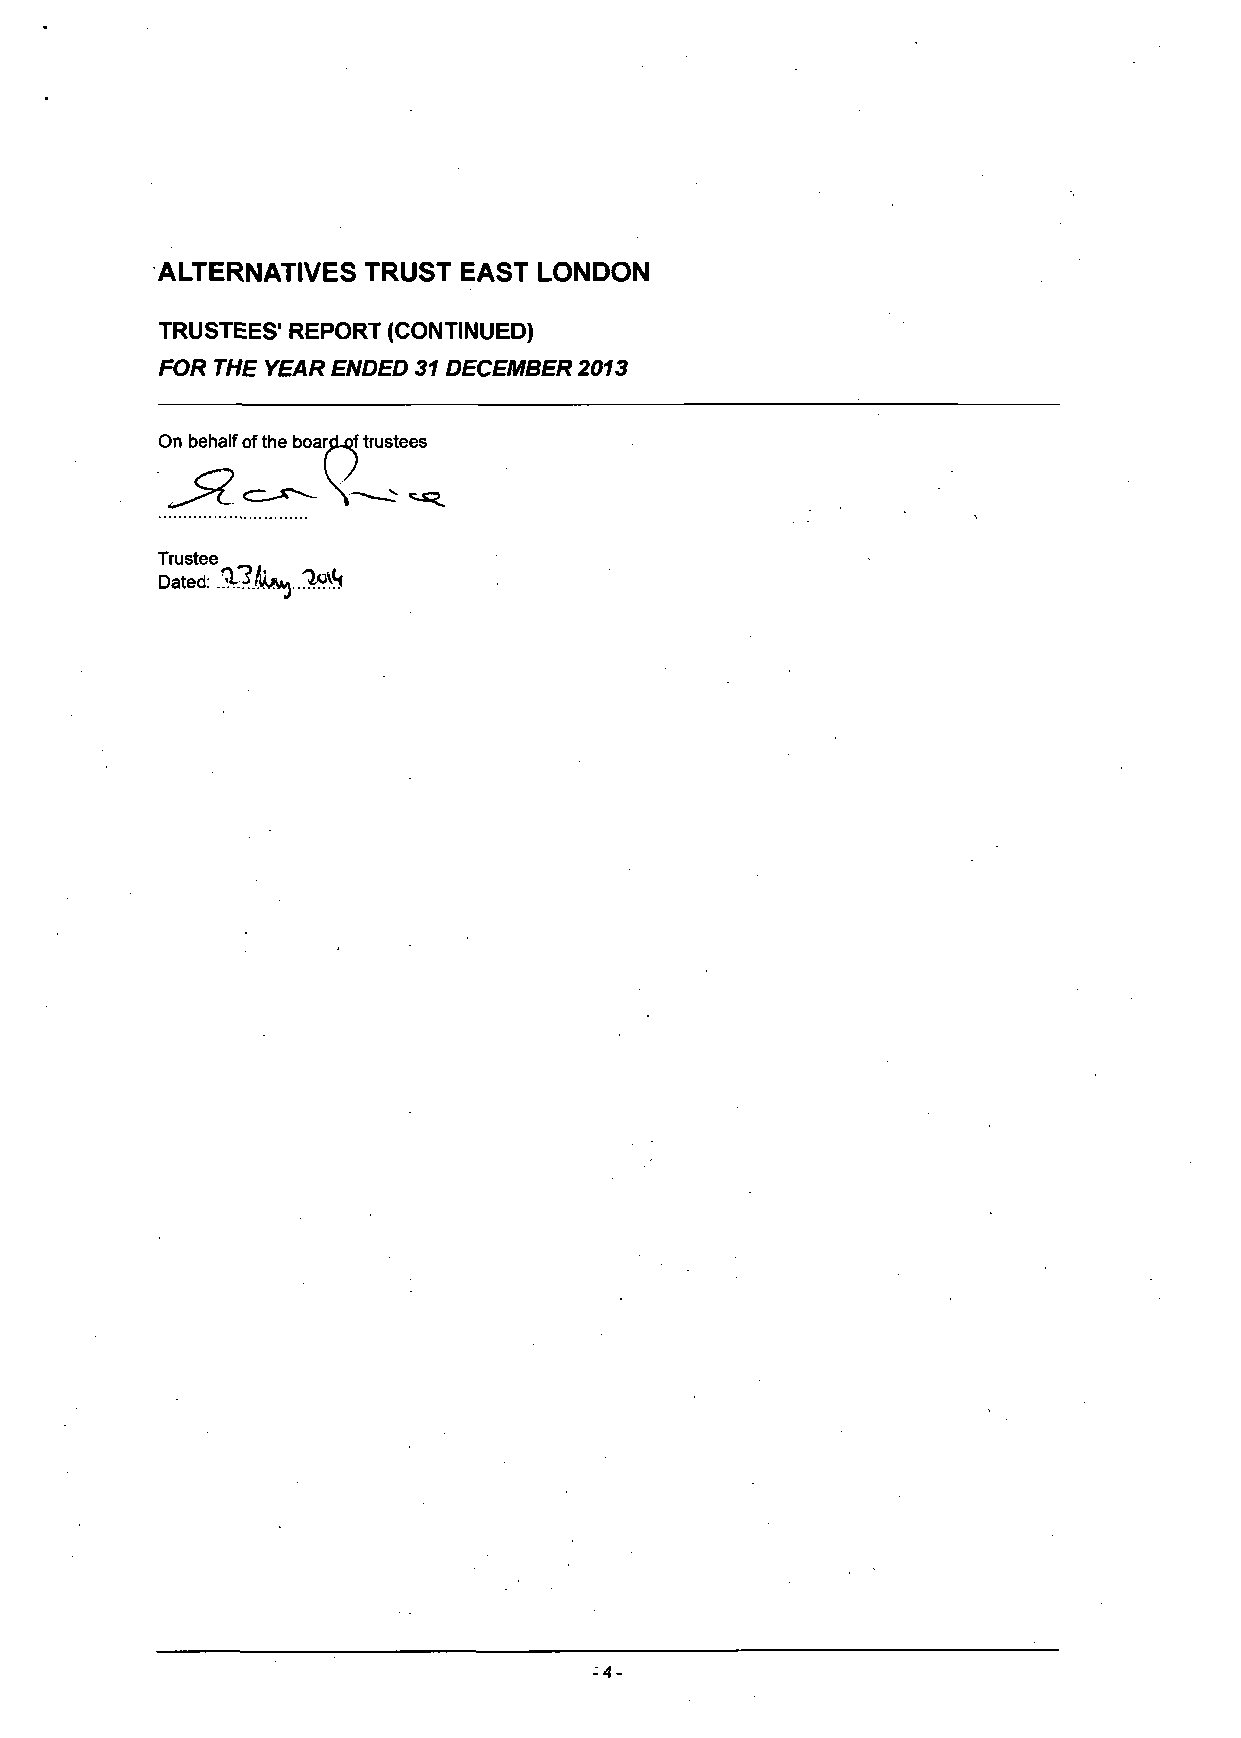
ALTERNATIVES  TRUST EAST  LONDON
 TRUSTEES' REPORT (CONTINUED)
 FOR THE YEAR ENDED 31 DECEMBER 2013
 On behalf of the board-of trustees
 ueiian OT ine Doaro-qi i
 Trustee
 Dated: %^k^..l^i
 -4-